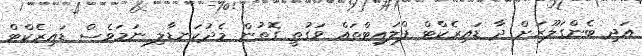
އަދި ބެންގަލޫރަށް ދާ ޑައިރެކްޓް ފްލައިޓްތައް ވަގުތީ ގޮތުން މެދުކަނޑާލި ނަމަވެސް ޑައިރެކްޓް